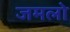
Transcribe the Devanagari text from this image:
जमलो